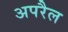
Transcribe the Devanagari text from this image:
अपरैल